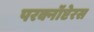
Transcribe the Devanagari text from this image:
परक्नॉप्टेरस